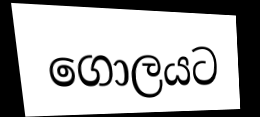
ගොලයට